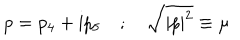
LaTeX: p = p _ { 4 } + \mathrm { i } p _ { 5 } \quad ; \quad \sqrt { | p | ^ { 2 } } \equiv \mu